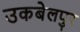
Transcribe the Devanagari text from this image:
उकबेलपुर